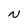
Character: N